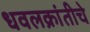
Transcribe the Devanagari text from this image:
धवलक्रांतीचे